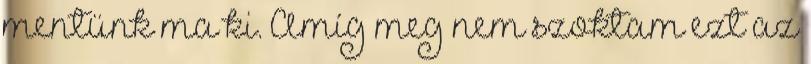
mentünk ma ki. Amíg meg nem szoktam ezt az